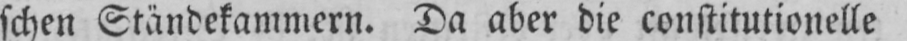
schen Ständekammern. Da aber die constitutionelle